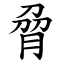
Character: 脋